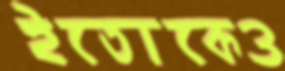
ইতোকেও